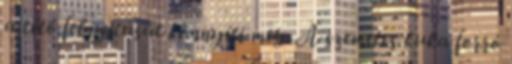
a tető felnyitását könnyíti meg. A szemetes kuka forró